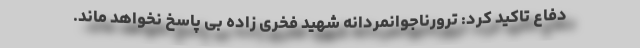
دفاع تاکید کرد: ترورناجوانمردانه شهید فخری زاده بی پاسخ نخواهد ماند.